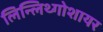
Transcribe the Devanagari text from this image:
लिन्लिथ्गोशायर